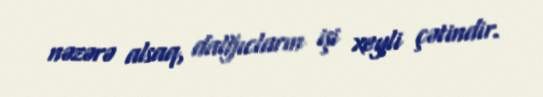
nəzərə alsaq, dalğıcların işi xeyli çətindir.